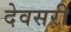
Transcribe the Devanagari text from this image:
देवसरी